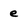
Character: e